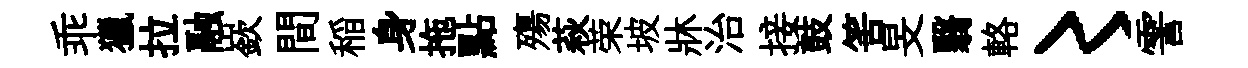
乖獵拉融嶔間稲身拖點殤萩荣坡牀治接鼓筈旻翳輅〻霅